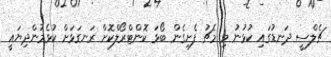
ޗެލްސީ ދަނޑުގައި ކުޅުނު މި މެޗު ފެށިގެން ބޯޅަ ކޮންޓްރޯލްކޮށް ރަނގަޅަށް ކުޅެމުންދިޔައީ